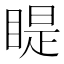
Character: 睼